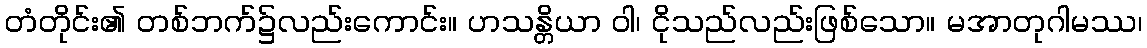
တံတိုင်း၏ တစ်ဘက်၌လည်းကောင်း။ ဟသန္တိယာ ဝါ၊ ငိုသည်လည်းဖြစ်သော။ မအာတုဂါမဿ၊